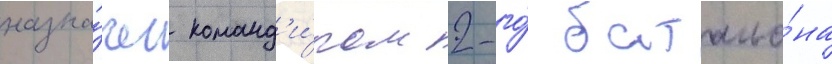
назна́чен команд'и́ром 2-го́ батальо́на